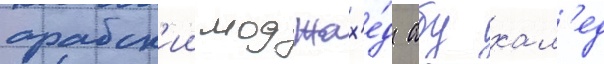
арабск'ии моджах'е́д абу хал'ед